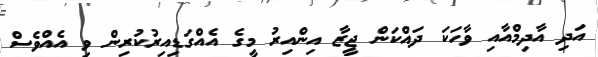
އަދި އާދިމްއާއި ވާހަކަ ދައްކަން ޖީޒާ އިންއިރު މީގެ އެއްގަޑިއިރުކުރިން ވި އެއްވެސް